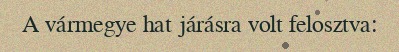
A vármegye hat járásra volt felosztva: